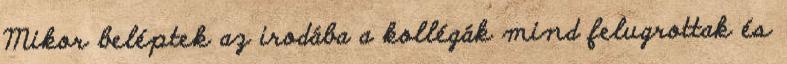
Mikor beléptek az irodába a kollégák mind felugrottak és